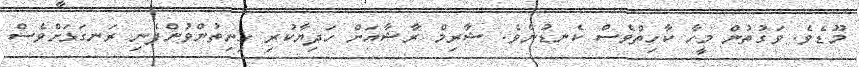
މޫޑެވެ. ވަގުތުން މީހާ ކާހިތްވެސް ކެނޑުނެވެ. ޝާރިމް ރާޝާއަށް ހަދިޔާކުރި ހިނިތުންވުންފެނި ރަނގަޅަށްވެސް